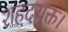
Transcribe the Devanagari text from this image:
शहदयुक्त।